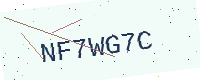
Text: NF7WG7C